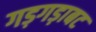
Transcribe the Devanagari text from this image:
गड़गड़ाबट